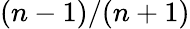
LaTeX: (n-1)/(n+1)